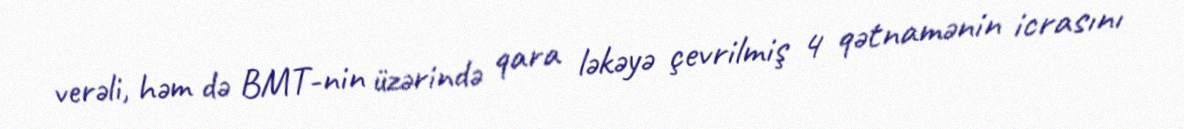
verəli, həm də BMT-nin üzərində qara ləkəyə çevrilmiş 4 qətnamənin icrasını